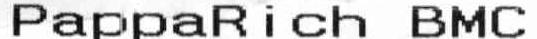
PAPPARICH BMC